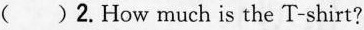
2.How much is the T-shirt?